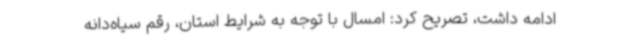
ادامه داشت، تصریح کرد: امسال با توجه به شرایط استان، رقم سیاه‌دانه